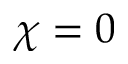
\chi = 0